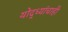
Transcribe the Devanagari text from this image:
योद्ध्यांचाही